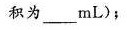
积为____mL)；